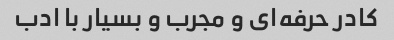
کادر حرفه‌ای و مجرب و بسیار با ادب